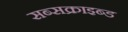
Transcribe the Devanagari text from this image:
सब्सक्राइब्ड